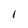
Character: l